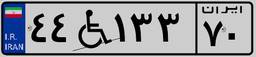
۰۸W۵۵۱۸۱